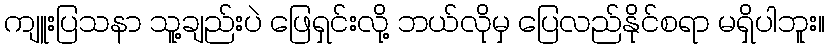
ကျူးပြသနာ သူ့ချည်းပဲ ဖြေရှင်းလို့ ဘယ်လိုမှ ပြေလည်နိုင်စရာ မရှိပါဘူး။